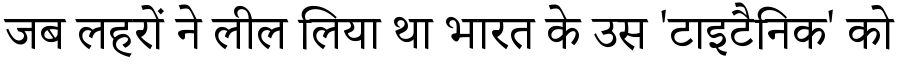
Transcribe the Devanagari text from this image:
जब लहरों ने लील लिया था भारत के उस 'टाइटैनिक' को